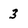
Character: 3